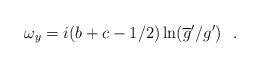
LaTeX: \begin{align*}\omega_y = i(b+c-1/2)\ln(\overline{g}'/g')~~.\end{align*}